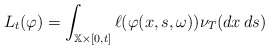
\begin{align*}L_{t}(\varphi )=\int_{\mathbb{X}\times \lbrack 0,t]}\ell (\varphi(x,s,\omega ))\nu _{T}(dx\,ds) \end{align*}